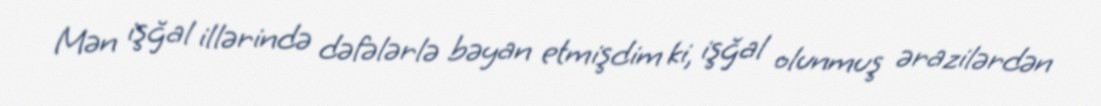
Mən işğal illərində dəfələrlə bəyan etmişdim ki, işğal olunmuş ərazilərdən